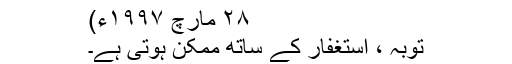
٢٨ مارچ ١٩٩٧ء)
توبہ ، استغفار کے ساتھ ممکن ہوتی ہے۔